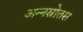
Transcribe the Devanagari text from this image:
अन्नस्रोतस